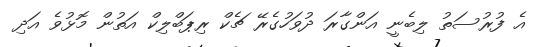
އެ ފުރުސަތު ލިބެނީ އަންގާރަ ދުވަހުގެރޭ ޗެކް ރިޕަބްލިކް އަތުން މޮޅުވެ އަދި